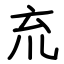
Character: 㐬